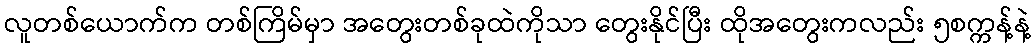
လူတစ်ယောက်က တစ်ကြိမ်မှာ အတွေးတစ်ခုထဲကိုသာ တွေးနိုင်ပြီး ထိုအတွေးကလည်း ၅စက္ကန့်နဲ့